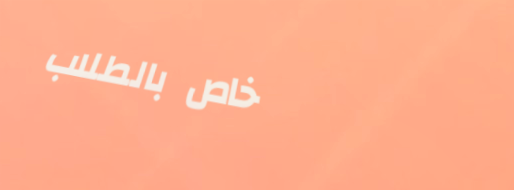
خاص بالطلاب